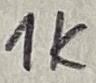
Text: 1K